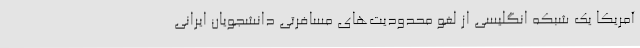
آمریکا یک شبکه انگلیسی از لغو محدودیت‌های مسافرتی دانشجویان ایرانی